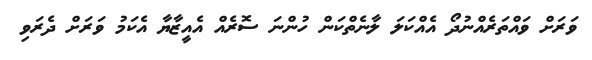
ވަރަށް ވައްތަރެއްނުދޯ އެއްކަލަ ލާނެތްކަން ހުންނަ ސޮރެއް އެއީޒާޔާ އެކަމު ވަރަށް ދެރަވި